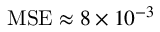
\mathrm { M S E } \approx 8 \times 1 0 ^ { - 3 }